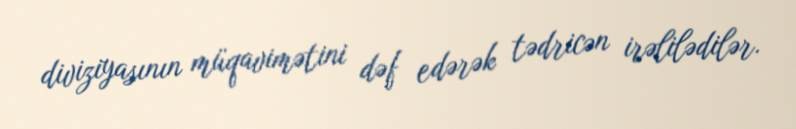
diviziyasının müqavimətini dəf edərək tədricən irəlilədilər.